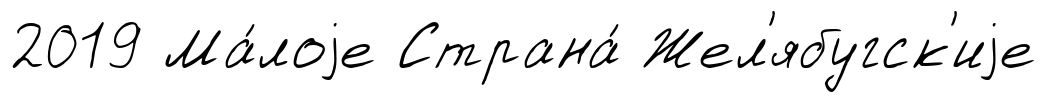
2019 Ма́лоjе Страна́ Жел'ябугск'иjе